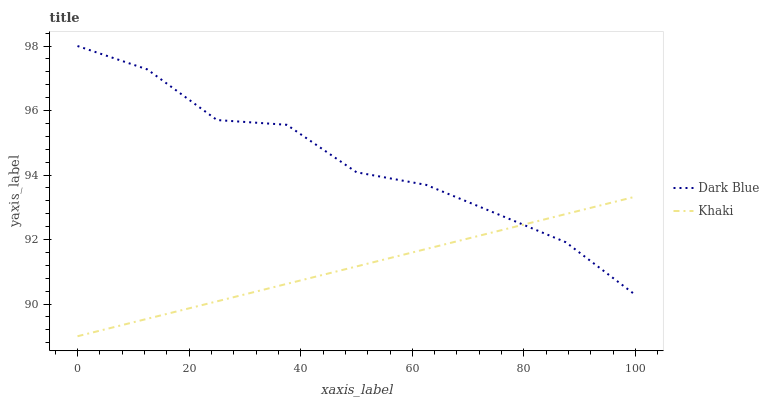
| xaxis_label | Dark Blue | Khaki |
 | --- | --- | --- |
 | 0 | 98 | 89 |
 | 12.5 | 97.3 | 89.5 |
 | 25 | 95.7 | 90.1 |
 | 37.5 | 95.6 | 90.6 |
 | 50 | 94.1 | 91.2 |
 | 62.5 | 93.7 | 91.7 |
 | 75 | 92.8 | 92.2 |
 | 87.5 | 91.9 | 92.8 |
 | 100 | 90.3 | 93.3 |